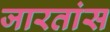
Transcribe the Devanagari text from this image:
जारतांस